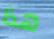
هذا